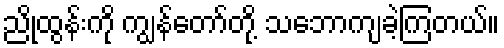
ညိုထွန်းကို ကျွန်တော်တို့ သဘောကျခဲ့ကြတယ်။